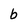
Character: b